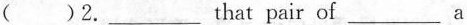
()2. \underline that pair of \underline a